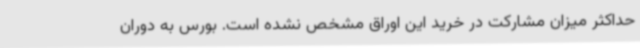
حداکثر میزان مشارکت در خرید این اوراق مشخص نشده است. بورس به دوران